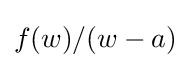
f(w)/(w-a)